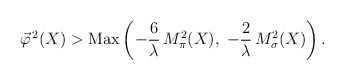
\begin{align*}\vec{\varphi}^{\, 2} (X) > \mbox{Max} \left( - \frac{6}{\lambda} \, M_\pi^2 (X), \; - \frac{2}{\lambda} \, M_\sigma^2 (X) \right) .\end{align*}